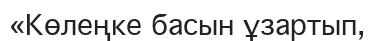
«Көлеңке басын ұзартып,